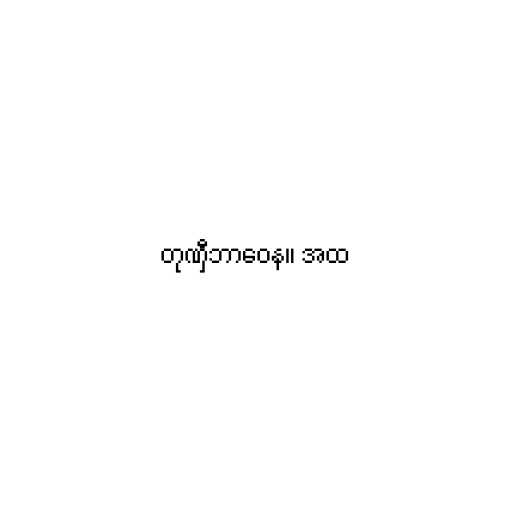
တုဏှီဘာဝေန။ အထ